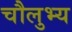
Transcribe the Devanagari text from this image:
चौलुभ्य